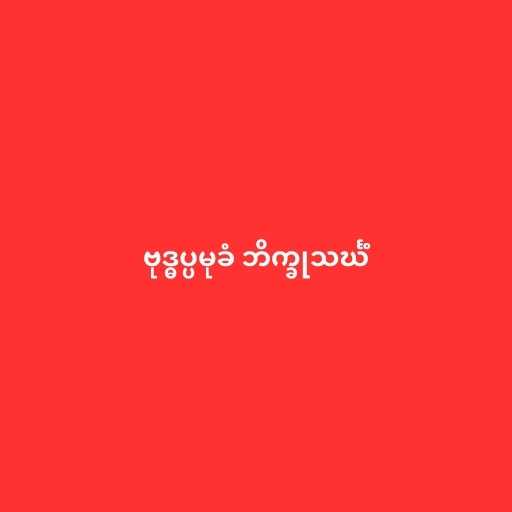
ဗုဒ္ဓပ္ပမုခံ ဘိက္ခုသင်္ဃံ